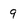
Character: 9